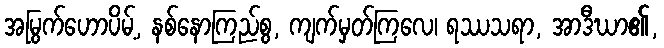
အမြွက်ဟောပိမ့်, နစ်နောကြည်စွ, ကျက်မှတ်ကြလေ၊ ရဿသရာ, အာဒီဃာ၏,